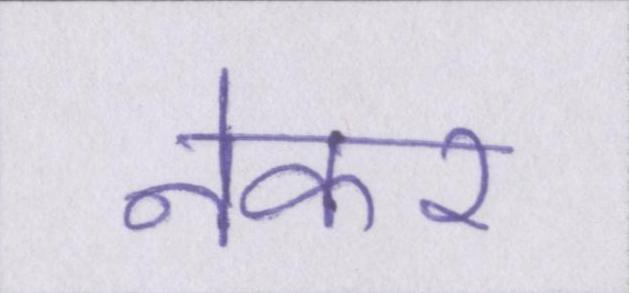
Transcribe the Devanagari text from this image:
नेकर